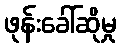
ဖုန်းခေါ်ဆိုမှု